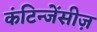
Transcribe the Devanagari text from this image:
कंटिन्जेंसीज़